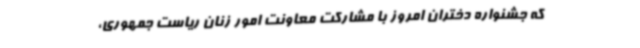
که جشنواره دختران امروز با مشارکت معاونت امور زنان ریاست جمهوری،